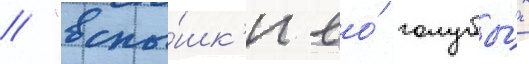
/ "вспы́шк'и ео́ голубы́х